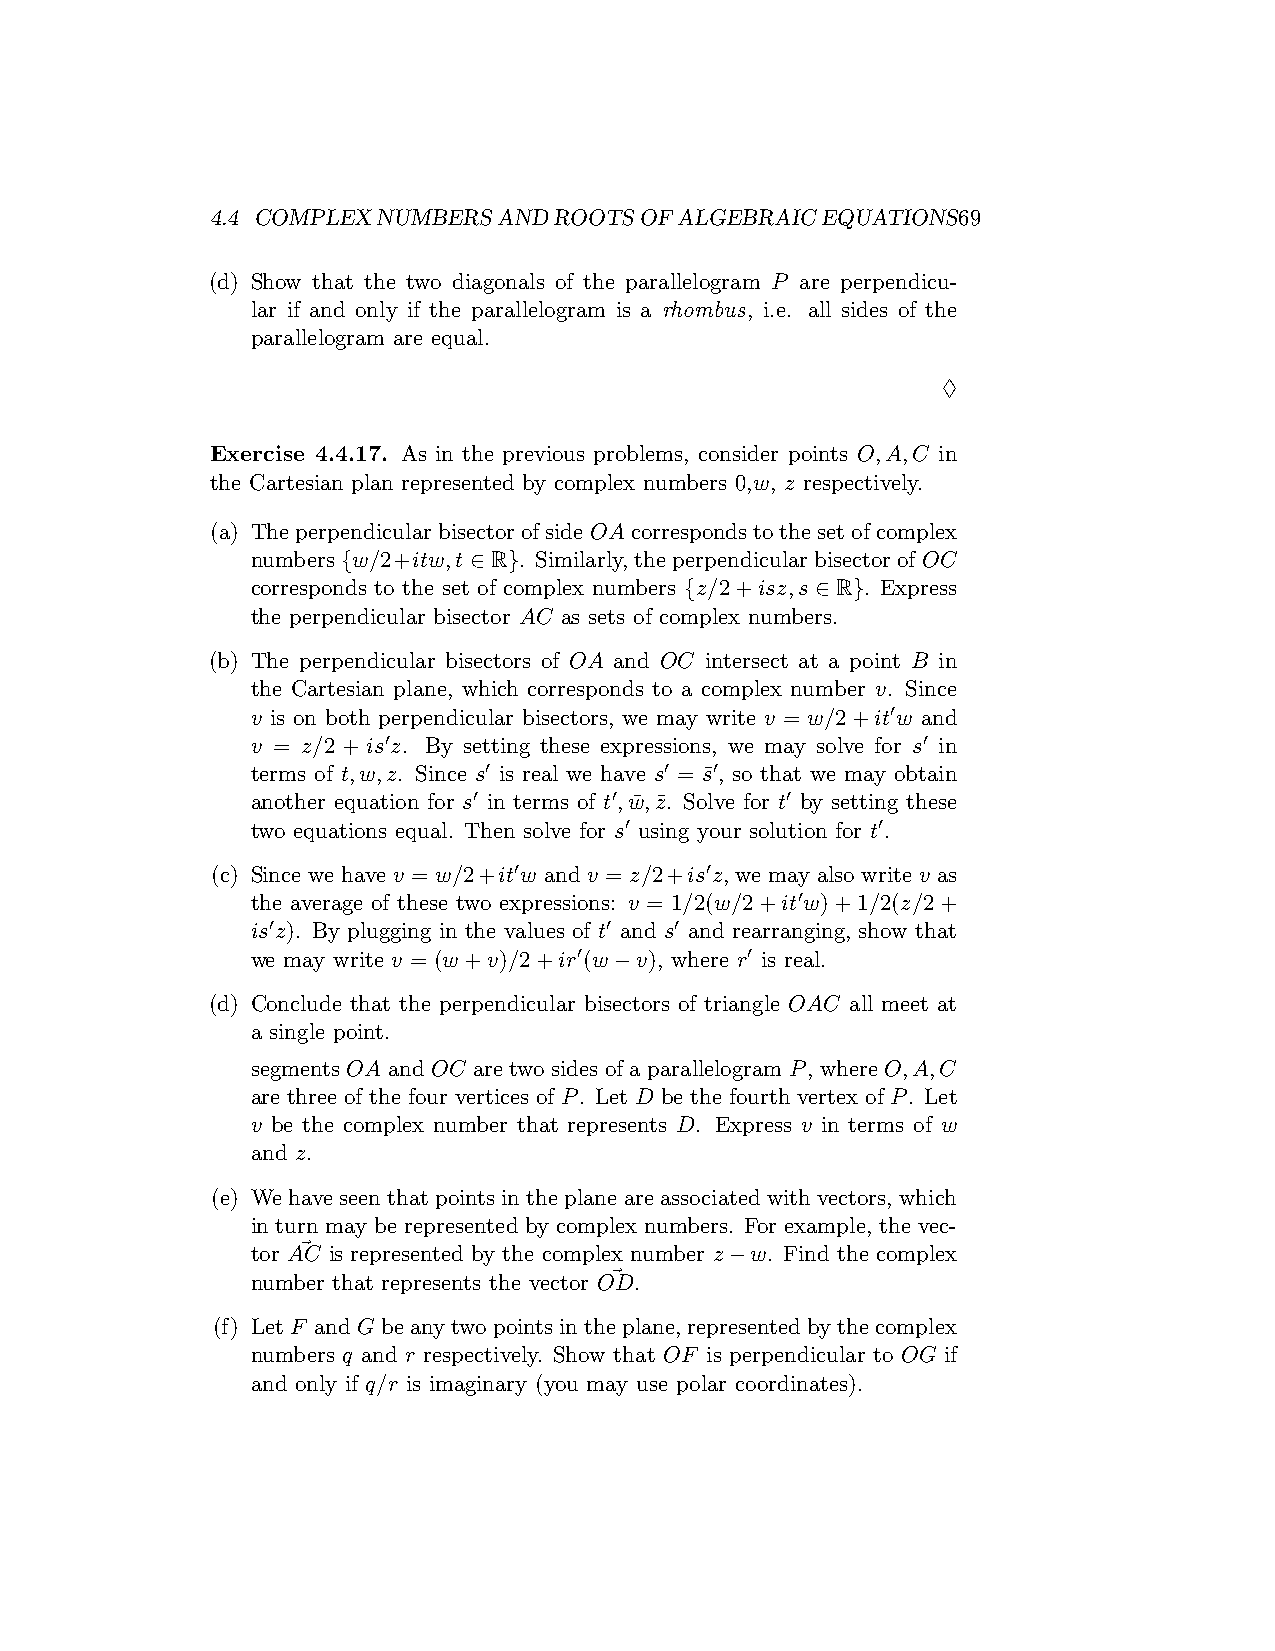
4.4 COMPLEXNUMBERSANDROOTSOFALGEBRAICEQUATIONS69
 (d) Show that the two diagonals of the parallelogram P are perpendicu-
 lar if and only if the parallelogram is a rhombus, i.e. all sides of the
 parallelogram are equal.
 ♢
 Exercise 4.4.17. As in the previous problems, consider points O,A,C in
 the Cartesian plan represented by complex numbers 0,w, z respectively.
 (a) TheperpendicularbisectorofsideOAcorrespondstothesetofcomplex
 numbers{w/2+itw,t ∈ R}. Similarly,theperpendicularbisectorofOC
 corresponds to the set of complex numbers {z/2+isz,s ∈ R}. Express
 the perpendicular bisector AC as sets of complex numbers.
 (b) The perpendicular bisectors of OA and OC intersect at a point B in
 the Cartesian plane, which corresponds to a complex number v. Since
 v is on both perpendicular bisectors, we may write v = w/2+it′w and
 v = z/2 + is′z. By setting these expressions, we may solve for s′ in
 terms of t,w,z. Since s′ is real we have s′ = s¯′, so that we may obtain
 another equation for s′ in terms of t′,w¯,z¯. Solve for t′ by setting these
 two equations equal. Then solve for s′ using your solution for t′.
 (c) Since we have v = w/2+it′w and v = z/2+is′z, we may also write v as
 the average of these two expressions: v = 1/2(w/2+it′w)+1/2(z/2+
 is′z). By plugging in the values of t′ and s′ and rearranging, show that
 we may write v = (w+v)/2+ir′(w−v), where r′ is real.
 (d) Conclude that the perpendicular bisectors of triangle OAC all meet at
 a single point.
 segments OA and OC are two sides of a parallelogram P, where O,A,C
 are three of the four vertices of P. Let D be the fourth vertex of P. Let
 v be the complex number that represents D. Express v in terms of w
 and z.
 (e) Wehaveseenthatpointsintheplaneareassociatedwithvectors, which
 in turn may be represented by complex numbers. For example, the vec-
 tor A⃗C is represented by the complex number z−w. Find the complex
 number that represents the vector O⃗D.
 (f) LetF andGbeanytwopointsintheplane, representedbythecomplex
 numbers q and r respectively. Show that OF is perpendicular to OG if
 and only if q/r is imaginary (you may use polar coordinates).